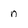
Character: n